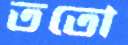
ততো